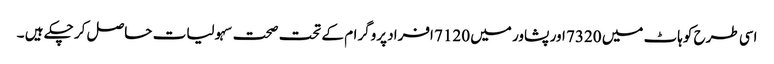
اسی طرح کوہاٹ میں 7320 اور پشاور میں 7120 افراد پروگرام کے تحت صحت سہولیات حاصل کر چکے ہیں ۔